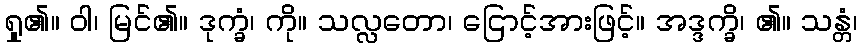
ရှု၏။ ဝါ၊ မြင်၏။ ဒုက္ခံ၊ ကို။ သလ္လတော၊ ငြောင့်အားဖြင့်။ အဒ္ဒက္ခိ၊ ၏။ သန္တံ၊